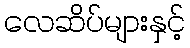
လေဆိပ်များနှင့်